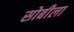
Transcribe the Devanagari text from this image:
सोबीला